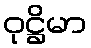
ဝုဋ္ဌိမာ